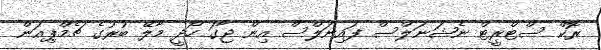
ރޮކް ސްޓްރީޓް ނެޝަނަލްސް ފައިނަލްސް އިން ޖާގަ ހޯދީ މާލޭ ބުރުގެ ޗެމްޕިއަން